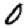
Digit: 0